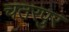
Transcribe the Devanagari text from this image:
चतरपुर